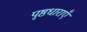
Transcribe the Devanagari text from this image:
पृष्ठधाराएँ